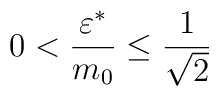
0<\frac{\varepsilon^\ast}{ m_0}\le\frac{1}{\sqrt{2}}